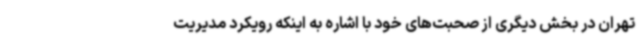
تهران در بخش دیگری از صحبت‌های خود با اشاره به اینکه رویکرد مدیریت